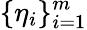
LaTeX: \{ \eta_{i}\} _{i=1}^{m}